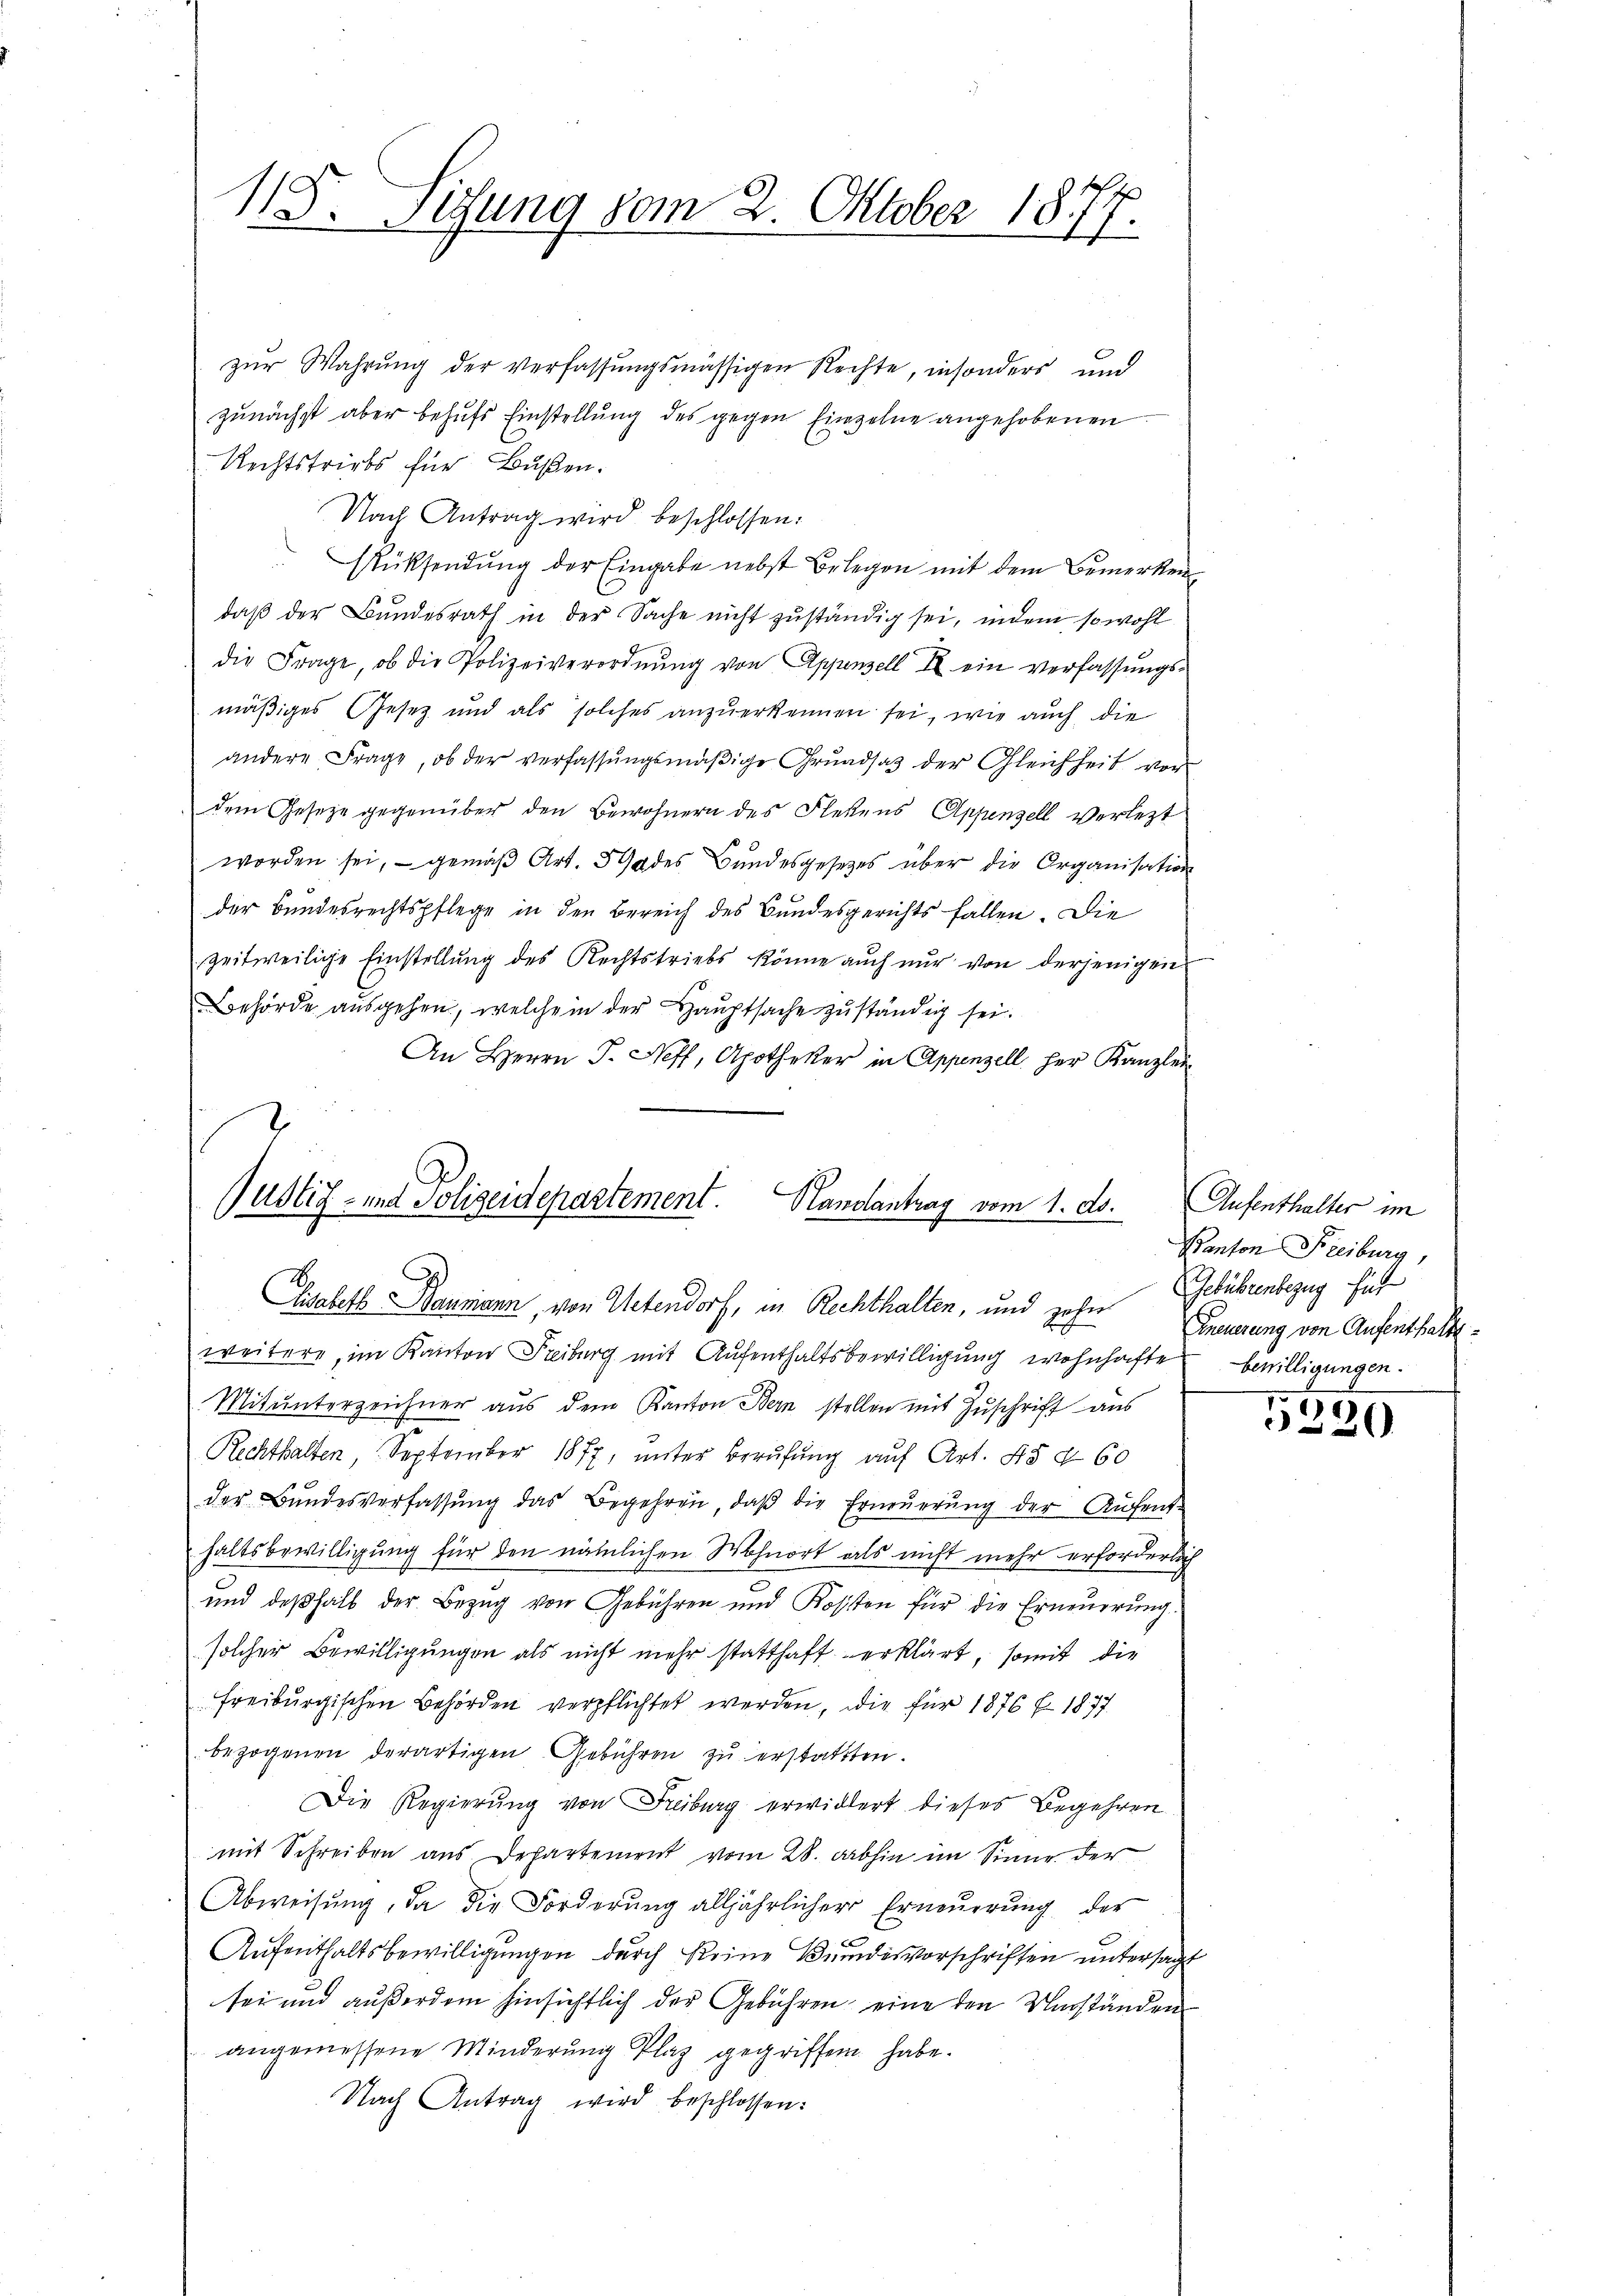
118. Sitzung vom 2. Oktober 1877.

zur Wahrung der verfassungsmässigen Rechte, insonders und
zunächst aber behufs Einstellung des gegen Einzelne angehobenen
Rechtstriebs für Bußen.
Nach Antrag wird beschlossen:
Rücksendŭng der Eingabe nebst Belegen mit dem Bemerken
daß der Bundesrath in der Sache nicht zuständig sei, indem sowohl
die Frage, ob die Polizeiverordnŭng von Appenzell II ein verfassungs-
mäßiges Gesetz und als solches anzuerkennen sei, wie auch die
andere Frage, ob der verfassungsmäßige Grundsatz der Gleichheit vor
dem Gesetze gegenüber den Bewohnern des Flekens Appenzell verletzt
worden sei, - gemäß Art. 5 des Bundesgesetzes über die Organisation
der Bundesrechtspflege in den Bereich des Bundesgerichts fallen. Die
zeitweilige Einstellŭng des Rechtstriebs könne aŭch nŭr von derjenigen
Behörde aŭsgehen, welche in der Haŭptsache zŭständig sei.
An Herrn J. Neff, Apotheker in Appenzell her Kanzlei-

Justiz- und Polizeidepartement. Handlantrag vom 1. ds.
Elisabeth Baumann, von Uetendorf, in Rechthalten, und zehn Gebührenbezug hint

weitere, im Kanton Freiburg mit Aufenthaltsbewilligung wohnhafte bewilligungen.
Mitunterzeichner aus dem Kanton Bern stellen mit Zuschrift aus
Rechthalten, September 1877, unter Berufung auf Art. 45 x 60
der Bundesverfassung das Begehren, daß die Erneuerung der Aufent-
haltsbewilligung für den nämlichen Wohnort als nicht mehr erforderlich
und deßhalb der Bezug von Gebühren und Kosten für die Erneŭerŭng.
solcher Bewilligungen als nicht mehr statthaft erklärt, somit die
freiburgischen Behörden verpflichtet werden, die für 1876 f. 1877
bezogenen derartigen Gebühren zŭ erstatten.
Die Regierung von Freiburg erwidert dieses Begehren
mit Schreiben aus Departement vom 28. abhin im Sinne der
Abweisung, da die Forderung alljährlicher Erneŭerŭng der
Aufenthaltsbewilligungen durch keine Bundesvorschriften untersagt
sei und außerdem hinsichtlich der Gebühren, eine den Verständen
angemessene Minderung Plaz gegriffen habe.
Nach Antrag wird beschlossen:

Aufenthalter im
Kanton Freiburg,
Kneuerung von Aufenthalte

1
2